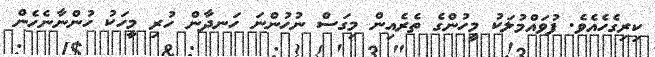
ކިރިގެހެއެވެ. ފުވައްމުލަކު މީހުންގެ ތެރެއިން މިގަސް ނުހުންނަ ހަނދާން ހުރި މީހަކު ހުންނާނެހެން